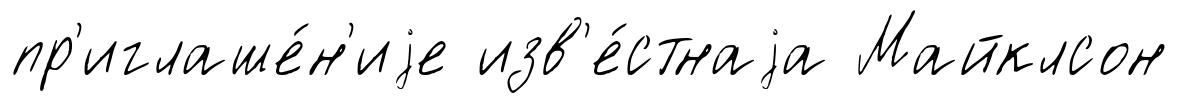
пр'иглаше́н'иjе изв'е́стнаjа Майклсон